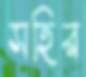
সহির